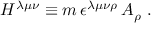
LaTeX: H ^ { \lambda \mu \nu } \equiv m \, \epsilon ^ { \lambda \mu \nu \rho } \, A _ { \rho } \ .